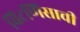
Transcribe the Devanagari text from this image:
चिटणिसाची